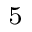
^ 5